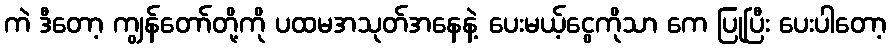
ကဲ ဒီတော့ ကျွန်တော်တို့ကို ပထမအသုတ်အနေနဲ့ ပေးမယ့်ငွေကိုသာ ကေ ပြုပြီး ပေးပါတော့